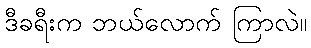
ဒီခရီးက ဘယ်လောက် ကြာလဲ။